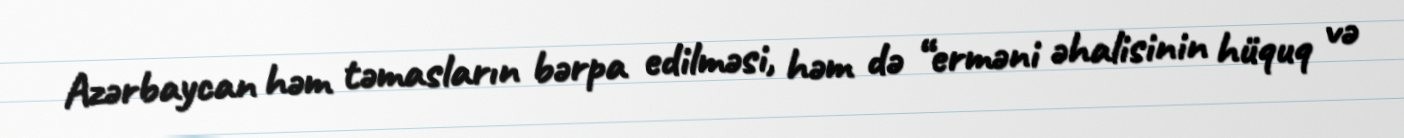
Azərbaycan həm təmasların bərpa edilməsi, həm də “erməni əhalisinin hüquq və